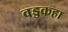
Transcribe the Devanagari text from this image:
वड्डकहा